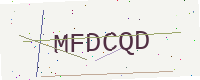
Text: MFDCQD